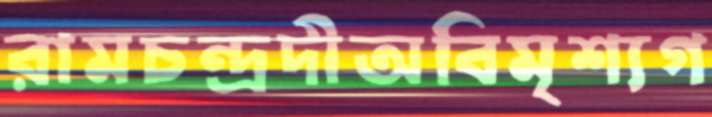
রামচন্দ্রদীঅবিমৃশ্যগ